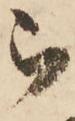
被